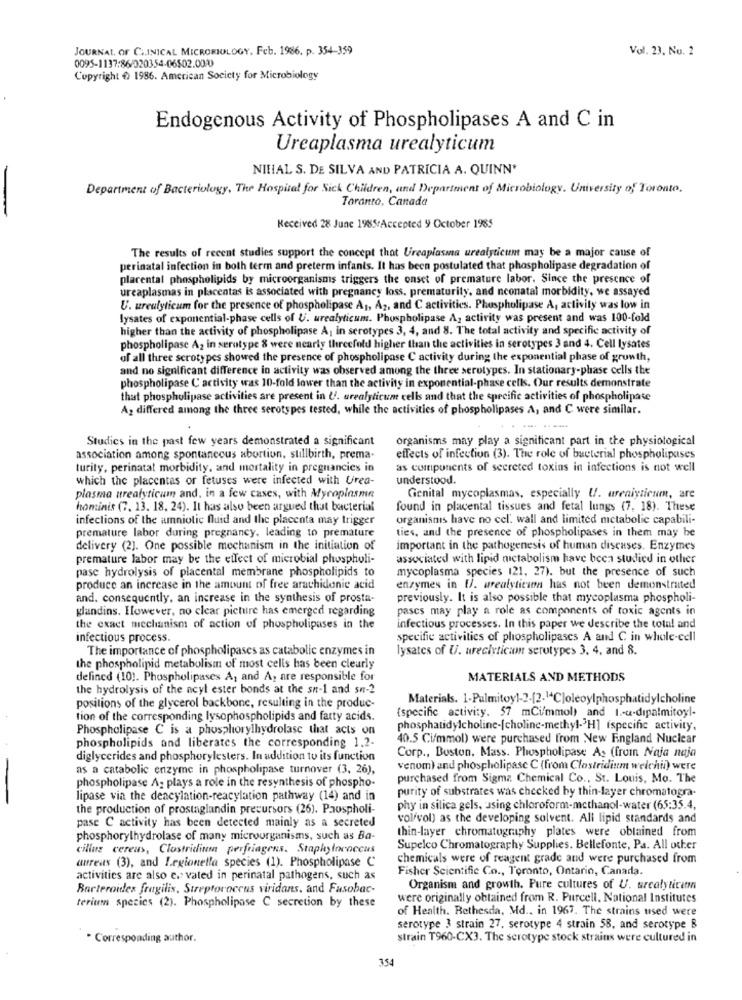
JOURNAL OF CLINICAL MICROBIOLOGY. Feb. 1986. p. 354-359
Vol. 23, No. 2
0095-1137:86/320354-06502.0010
Copyright € 1986. American Society for Microbiology
Endogenous Activity of Phospholipases A and C in
Ureaplasma urealyticum
NIHAL S. DE SILVA AND PATRICIA A. QUINN'
Department of Bacteriology, The Hospital for Sick Children, and Department of Microbiology. University of Toronto.
Taranto, Canada
Received 28 June 1985Accepted 9 October 1985
The results of recent studies support the concept that Ureaplasmna urealyticum may be a major cause of
perinatal infection in both term and preterm infants. It has been postulated that phospholipase degradation of
placental phospholipids by microorganisms triggers the onset of premature labor. Since the presence of
ureaplasmas in placentas is associated with pregnancy loss. prematurity, and neonatal morbidity, we assayed
U. ureulyticum for the presence of phospholipase A1, A2, and C activities. Phospholipase A, activity was low in
lysates of exponential-phase cells of U. urealyticum. Phospholipase A, activity was present and was 100-fold
higher than the activity of phospholipase A: in serotypes 3, 4, and 8. The total activity and specific activity of
phospholipase A2 in serotype 8 were nearly threefold higher than the activities in serotypes 3 and 4. Cell lysates
of all three scrotypes showed the presence of phospholipase C activity during the exponential phase of growth,
and no significant difference in activity was observed among the three serotypes. In stationary-phase cells the
phospholipase C activity was 10-fold lower than the activity in exponential-phase cells. Our results demonstrate
that phospholipase activities are present in U. urealyticum cells and that the specific activities of phospholipate
A differed among the three serotypes tested, while the activities of phospholipases A, and C were similar.
---
Studies in the past few years demonstrated a significant
organisms may play a significant part in the physiological
association among spontaneous abortion, stillbirth, prema-
effects of infection (3). The role of bacterial phospholipases
turity, perinatat morbidity, and mortality in pregnancies in
as components of secreted toxins in infections is not well
which the placentas or fetuses were infected with Urea-
understood.
plasma urealyticum and, in a few cases, with Mycoplasme
Genital mycoplasmas, especially U. ureniytieum, are
hominis (7, 13. 18. 24). It has also been argued that bacterial
found in placental tissues and fetal lungs (7, 18). These
infections of the amniotic fluid and the placenta may trigger
organismis have no cel. wall and limited metabolic capabili-
ties, and the presence of phospholipases in them may be
premature labor during pregnancy, leading to premature
delivery (2]. One possible mechanism in the initiation of
important in the pathogenesis of human diseases. Enzymes
premature labor may be the effect of microbial phospholi-
associated with lipid metabolism have been studied in other
pasc hydrolysis of placental membrane phospholipids to
mycoplasma species 121, 27). but the presence of such
produce an increase in the amount of free arachidonic acid
enzymes in U. urealyticson has not been demonstrated
and. consequently, an increase in the synthesis of prosta-
previously. It is also possible that mycoplasma phospholi-
glandins. However, no clear picture has emerged regarding
pascs may play a role as components of toxic agents in
the exact mechanism of action of phospholipases in the
infectious processes. In this paper we describe the total and
infectious process.
specific activities of phospholipascs A and C in whole-cell
The importance of phospholipases as catabolic enzymes in
lysates of U. ureclyticam serotypes 3, 4, and 8.
the phospholipid metabolism of most cells has been clearly
defined (10). Phospholipases A, and A, are responsible for
MATERIALS AND METHODS
the hydrolysis of the acyl ester bonds at the sn-1 and sn-2
Materials. 1-Palmitoyl-2-[2-14C]oleoylphosphatidylcholine
positions of the glycerol backbone, resulting in the produc-
(specific activity. 57 mCi/mmol) and I .- u-dipalmitoyl-
tion of the corresponding lysophospholipids and fatty acids.
Phospholipase C is a phosphorylhydrolase that acts on
phosphatidylcholine-[choline-methyl.3H] ispecific activity,
40.5 Ci/mmol) were purchased from New England Nuclear
phospholipids and liberates the corresponding 1.2-
diglycerides and phosphorylesters. In addition to its function
Corp ., Boston, Mass. Phospholipase A: (from Naja naja
as a catabolic enzyme in phospholipase turnover (3, 26),
venom) and phospholipase C (from Clostridium welchii) were
purchased from Sigma Chemical Co ., St. Louis, Mo. The
phospholipase A: plays a role in the resynthesis of phospho-
purity of substrates was checked by thin-layer chromatogra-
lipase via the dencylation-reacylation pathway (14) and in
the production of prostaglandin precursors (26). Pauspholi-
phy in silica gels, using chloroform-methanol-water (65:35.4,
pase C activity has been detected mainly as a secreted
volfvol) as the developing solvent. All lipid standards and
thin-layer chromatography plates were obtained from
phosphorylhydrolase of many microorganisms, such as Ba-
cilliers cereus, Clostridium perfringens. Staphylococcus
Supelco Chromatography Supplies. Bellefonte, Pa. All other
aureus (3), and Legionella species (1). Phospholipase C
chemicals were of reagent grade and were purchased from
Fisher Scientific Co ., Toronto, Ontario, Canada.
activities are also e. vated in perinatal pathogens, such as
Bacteroides fragilis, Streptococcus viridans, and Fusobac-
Organism and growth. Pure cultures of U. urealyticem
terien species (2). Phospholipase C secretion by these
were originally obtained from R. Purcell. National Institutes
of Health. Bethesda, Md .. in 1967. The strains used were
serotype 3 strain 27. serotype 4 strain 58, and serotype &
· Corresponding author.
strain T960-CX3. The serotype stock strains were cultured in
3.54